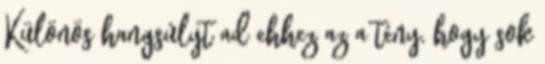
Különös hangsúlyt ad ehhez az a tény, hogy sok